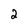
Character: 2